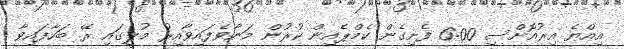
އިއްޔެ އިރުއޮށްސި 6:00 ފެށިގެން ކެމްޕެއިން ކުރުން މަނާވެފައިވާއިރު މުލީގައި ރޭ ބަހާފައިވާ